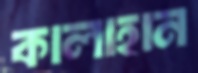
কালাহান